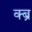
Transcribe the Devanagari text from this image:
क्ब्र